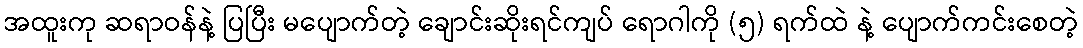
အထူးကု ဆရာဝန်နဲ့ ပြပြီး မပျောက်တဲ့ ချောင်းဆိုးရင်ကျပ် ရောဂါကို (၅) ရက်ထဲ နဲ့ ပျောက်ကင်းစေတဲ့